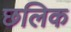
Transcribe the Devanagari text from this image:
छलिक